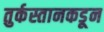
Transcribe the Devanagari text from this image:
तुर्कस्तानकडून